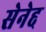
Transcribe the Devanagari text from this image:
सेनेद्द